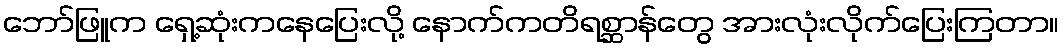
ဘော်ဖြူက ရှေ့ဆုံးကနေပြေးလို့ နောက်ကတိရစ္ဆာန်တွေ အားလုံးလိုက်ပြေးကြတာ။